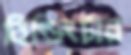
বিল্ডিংটার